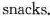
snacks.